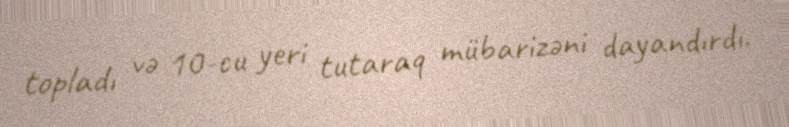
topladı və 10-cu yeri tutaraq mübarizəni dayandırdı.